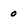
Character: 0